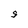
Character: S